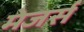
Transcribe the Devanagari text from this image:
मेजर्स